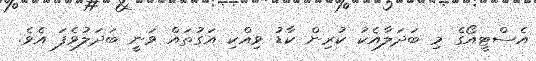
އެސްޓީއޯގެ މި ބަދަލާއެކު ކުރިން ކާޑު ވިއްކި އަގުތައް ވަނީ ބަދަލުވެފަ އެވެ.